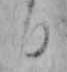
日